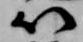
以